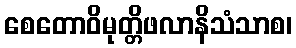
စေတောဝိမုတ္တိဖလာနိသံသာစ၊